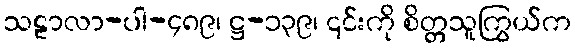
သဠာလာ-ပါ-၄၈၉၊ ဋ္ဌ-၁၃၉၊ ၎င်းကို စိတ္တသူကြွယ်က